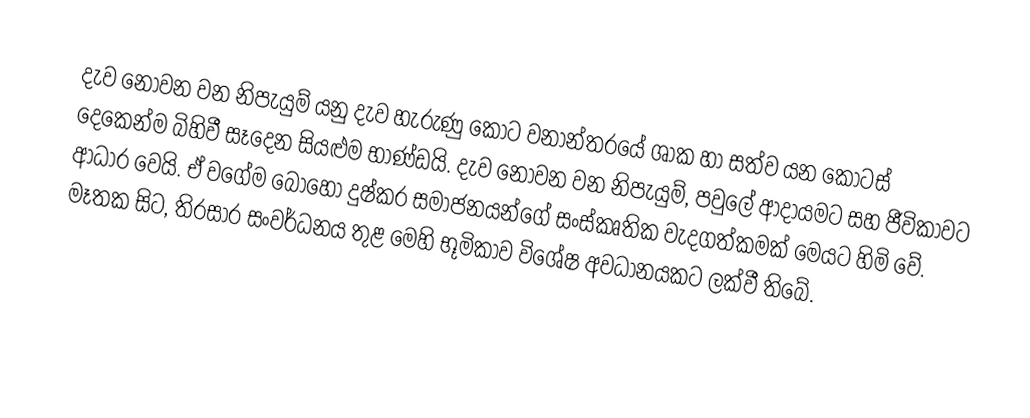
දැව නොවන වන නිපැයුම් යනු දැව හැරුණු කොට වනාන්තරයේ ශාක හා සත්ව යන කොටස් දෙකෙන්ම බිහිවී සෑදෙන සියළුම භාණ්ඩයි. දැව නොවන වන නිපැයුම්, පවුලේ ආදායමට සහ ජීවිකාවට ආධාර වෙයි. ඒ වගේම බොහෝ දුෂ්කර සමාජනයන්ගේ සංස්කෘතික වැදගත්කමක් මෙයට හිමි ‍වේ. මෑතක සිට, තිරසාර සංවර්ධනය තුළ මෙහි භූමිකාව විශේ‍ෂ අවධානයකට ලක්වී තිබේ.